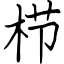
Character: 栉